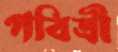
পবিত্রী